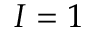
I = 1